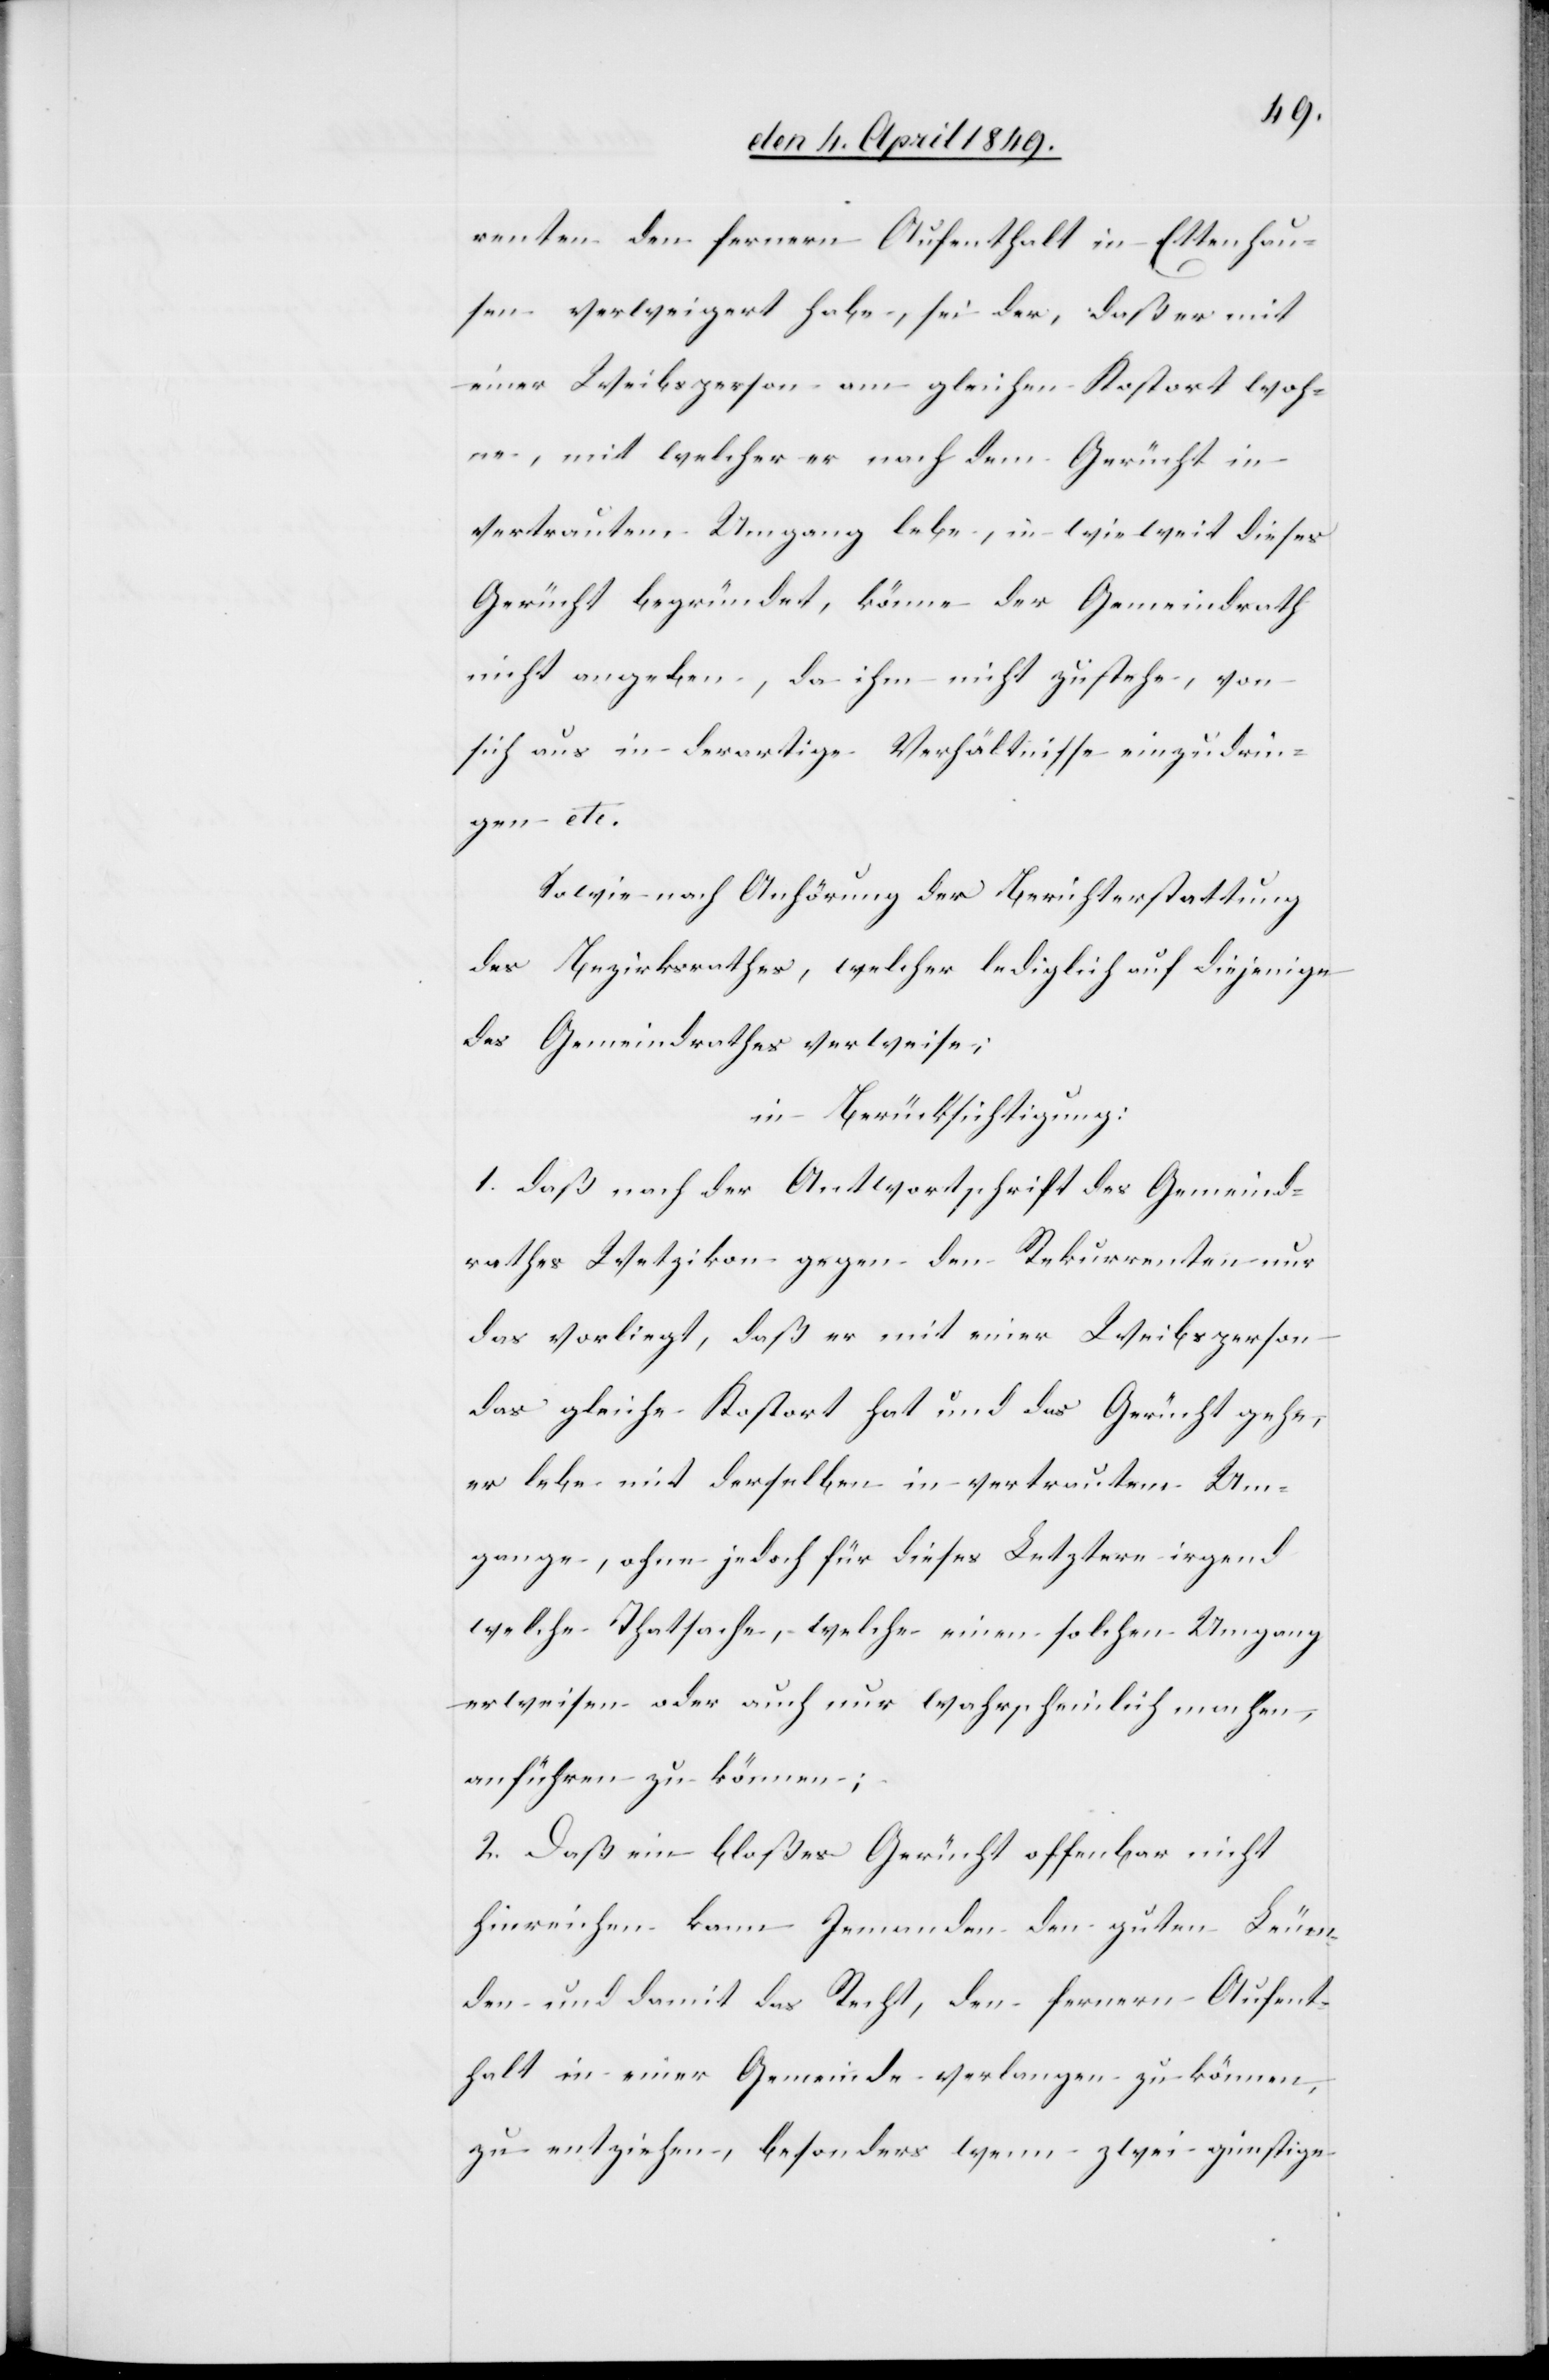
renten den fernern Aufenthalt in Ettenhau¬
sen verweigert habe, sei der, daß er mit
einer Weibsperson am gleichen Kostort woh¬
ne, mit welcher er nach dem Gerücht in
vertrautem Umgang lebe, in wie weit dieses
Gerücht begründet, könne der Gemeindrath
nicht angeben, da ihm nicht zustehe, von
sich aus in derartige Verhältnisse einzudrin¬
gen etc.
Sowie nach Anhörung der Berichterstattung
des Bezirksrathes, welcher lediglich auf diejenige
des Gemeindrathes verweise;
in Berücksichtigung:
1. daß nach der Antwortschrift des Gemeind¬
rathes Wetzikon gegen den Rekurrenten nur
das vorliegt, daß er mit einer Weibsperson
das gleiche Kostort hat und das Gerücht gehe,
er lebe mit derselben in vertrautem Um¬
gange, ohne jedoch für dieses Letztere irgend
welche Thatsache, welche einen solchen Umgang
erweisen oder auch nur wahrscheinlich machen,
anführen zu können:
2. Daß ein bloßes Gerücht offenbar nicht
hinreichen kann Jemanden den guten Leum¬
den und damit das Recht, den fernern Aufent¬
halt in einer Gemeinde verlangen zu können,
zu entziehen, besonders wenn zwei günstige